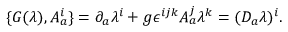
\{ G ( \lambda ) , A _ { a } ^ { i } \} = \partial _ { a } \lambda ^ { i } + g \epsilon ^ { i j k } A _ { a } ^ { j } \lambda ^ { k } = ( D _ { a } \lambda ) ^ { i } .